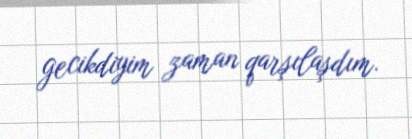
gecikdiyim zaman qarşılaşdım.